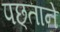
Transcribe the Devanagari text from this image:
पछ्ताने